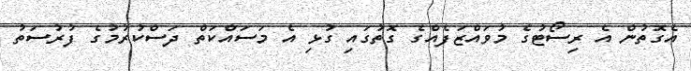
އެގޮތުން އެ ރިސޯޓުގެ މުވައްޒަފެއްގެ ގޮތުގައި ގުޅި އެ މަސައްކަތް ދަސްކުރުމުގެ ފުރުސަތު